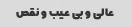
عالی و بی عیب و نقص